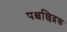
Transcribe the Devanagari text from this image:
पश्चछिद्रक